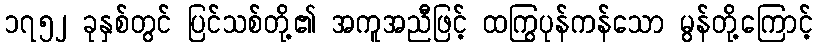
၁၇၅၂ ခုနှစ်တွင် ပြင်သစ်တို့၏ အကူအညီဖြင့် ထကြွပုန်ကန်သော မွန်တို့ကြောင့်